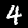
Label: 4